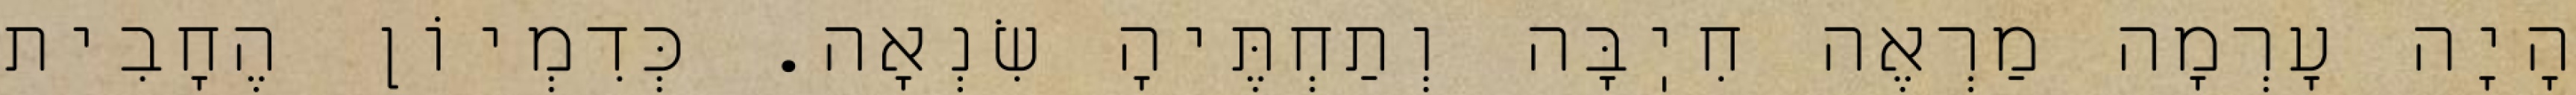
הָיָה עָרְמָה מַרְאֶה חִיֽבָּה וְתַחְתֶּיהָ שִׂנְאָה. כְּדִמְיוֹן הֶחָבִית